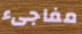
مفاجىء